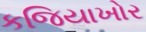
કજિયાખોર